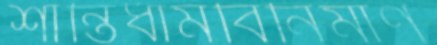
শান্তিধামবিনির্মাণ